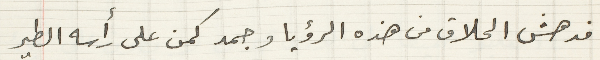
فدهش الحلاق من هذه الرؤيا وجمد كمن على رأسه الطير